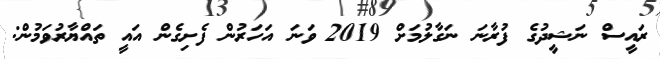
ރައީސް ނަޝީދުގެ ފުރާނަ ނަގާލުމަށް 2019 ވަނަ އަހަރުން ފެށިގެން އައީ ތައްޔާރުވަމުން: